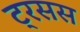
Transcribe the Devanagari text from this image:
ट्रसस